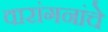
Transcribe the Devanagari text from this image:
वारांगनांचे